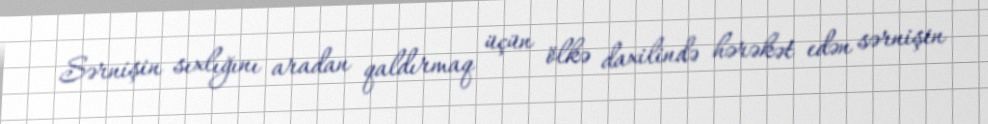
Sərnişin sıxlığını aradan qaldırmaq üçün ölkə daxilində hərəkət edən sərnişin